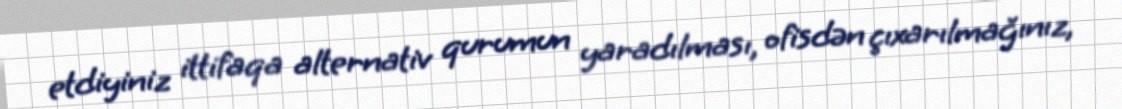
etdiyiniz ittifaqa alternativ qurumun yaradılması, ofisdən çıxarılmağınız,